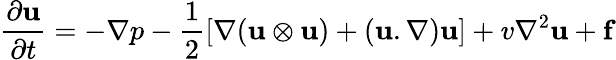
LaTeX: \frac{\partial\mathbf{u}}{\partial t}=-\nabla p-\frac{1}{2}[\mathbf{\nabla}(\mathbf{u}\otimes\mathbf{u})+(\mathbf{u}.\nabla)\mathbf{u}]+v\nabla^{2}\mathbf{u}+\mathbf{f}